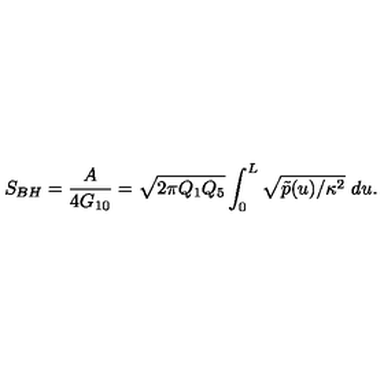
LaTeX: S _ { B H } = { \frac { A } { 4 G _ { 1 0 } } } = \sqrt { 2 \pi Q _ { 1 } Q _ { 5 } } \int _ { 0 } ^ { L } \sqrt { \tilde { p } ( u ) / \kappa ^ { 2 } } \ d u .